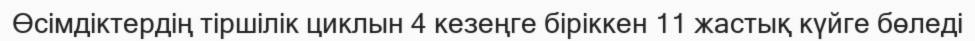
Өсімдіктердің тіршілік циклын 4 кезеңге біріккен 11 жастық күйге бөледі